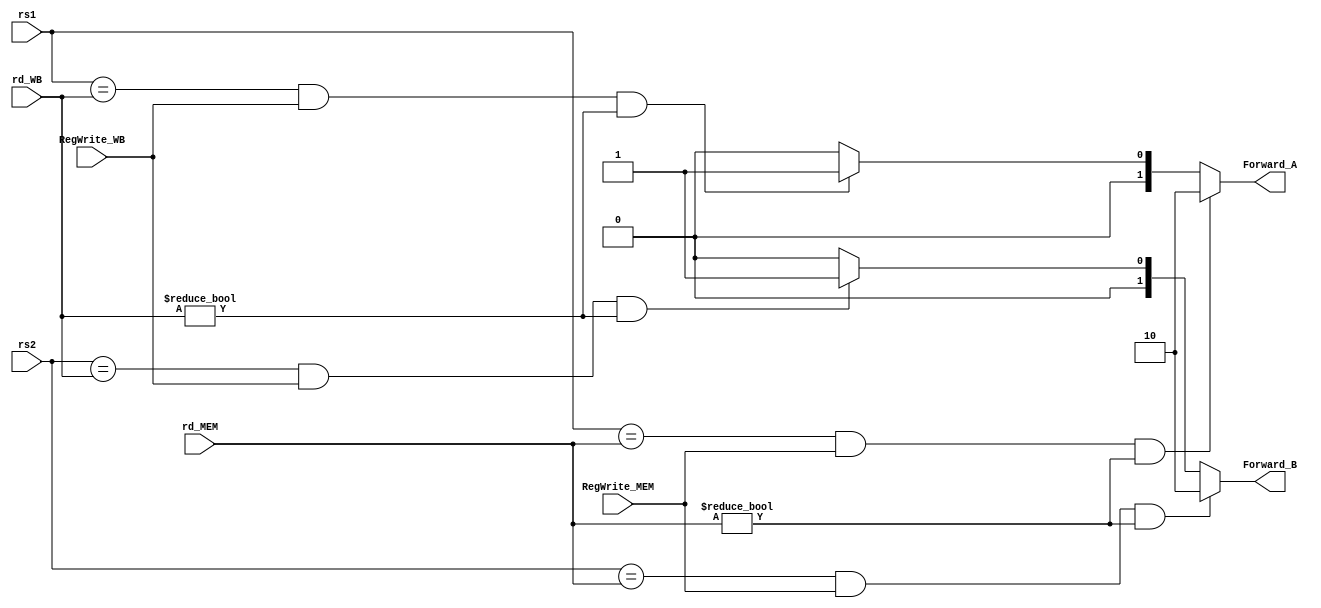
`timescale 1ns / 1ps
//////////////////////////////////////////////////////////////////////////////////
// Company: 
// Engineer: 
// 
// Design Name: 
// Module Name: ForwardingUnit
// Project Name: 
// Target Devices: 
// Tool Versions: 
// Description: 
// 
// Dependencies: 
// 
// Revision:
// Revision 0.01 - File Created
// Additional Comments:
// 
//////////////////////////////////////////////////////////////////////////////////


//module ForwardingUnit(
//    input [4:0] IDRs1,
//    input [4:0] IDRs2,
//    input MemRegWrite,
//    input WBRegWrite,
//    input [4:0] WBRd,
//    input [4:0] MEMRd,
//    output reg [1:0] ForwardA,
//    output reg [1:0] ForwardB
    
//    );
    
//    always @(MEMRd or WBRd or MemRegWrite or WBRegWrite or IDRs1 or IDRs2)
//  begin
//    if ((MemRegWrite == 1) && (MEMRd != 0) && (MEMRd == IDRs1))  
//            ForwardA <= 2'b10;
//    else if ((WBRegWrite == 1) &&  (WBRd != 0)  && (WBRd == IDRs1) && !(MemRegWrite == 1 && MEMRd != 0 && MEMRd == IDRs1))	
//            ForwardA <= 2'b01;
//    else
//            ForwardA <= 2'b00;
            
            
//    if ((MemRegWrite == 1) && (MEMRd != 0) && (MEMRd == IDRs2))  
//            ForwardB <= 2'b10;
//    else if ((WBRegWrite == 1) &&  (WBRd != 0)  && (WBRd == IDRs2))	
//            ForwardB <= 2'b01;
//    else
//            ForwardB <= 2'b00;
     
//  end
    
    
    
    
    
    
    
//endmodule

module ForwardingUnit(
    input [4:0] rs1,
    input [4:0] rs2,
    input RegWrite_MEM,
    input RegWrite_WB,
    input [4:0] rd_WB,
    input [4:0] rd_MEM,
    
    
    output reg [1:0] Forward_A,
    output reg [1:0] Forward_B
);
    always @(*) begin
      if (rs1 == rd_MEM && RegWrite_MEM && rd_MEM != 5'd0 ) begin
        Forward_A <= 2'b10;
      end
      else if (rs1 == rd_WB && RegWrite_WB && rd_WB != 5'd0) begin
        Forward_A <= 2'b01;
      end
      else begin
        Forward_A <= 2'b00;
      end
      if (rs2 == rd_MEM && RegWrite_MEM && rd_MEM != 5'd0) begin
        Forward_B <= 2'b10;
      end
      else if (rs2 == rd_WB && RegWrite_WB && rd_WB != 5'd0) begin
        Forward_B <= 2'b01;
      end
      else begin
        Forward_B <= 2'b00;
      end
    end

endmodule